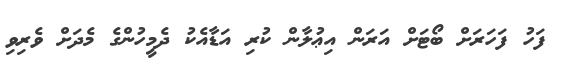
ފަހު ފަހަރަށް ބޯޓަށް އަރަން އިޢުލާން ކުރި އަޑާއެކު ދެމީހުންގެ މެދަށް ވެރިވި